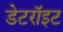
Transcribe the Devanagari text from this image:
डेटरॉइट